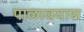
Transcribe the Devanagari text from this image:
पाळावयास